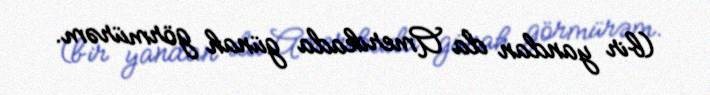
(bir yandan da Amerikada günah görmürəm.